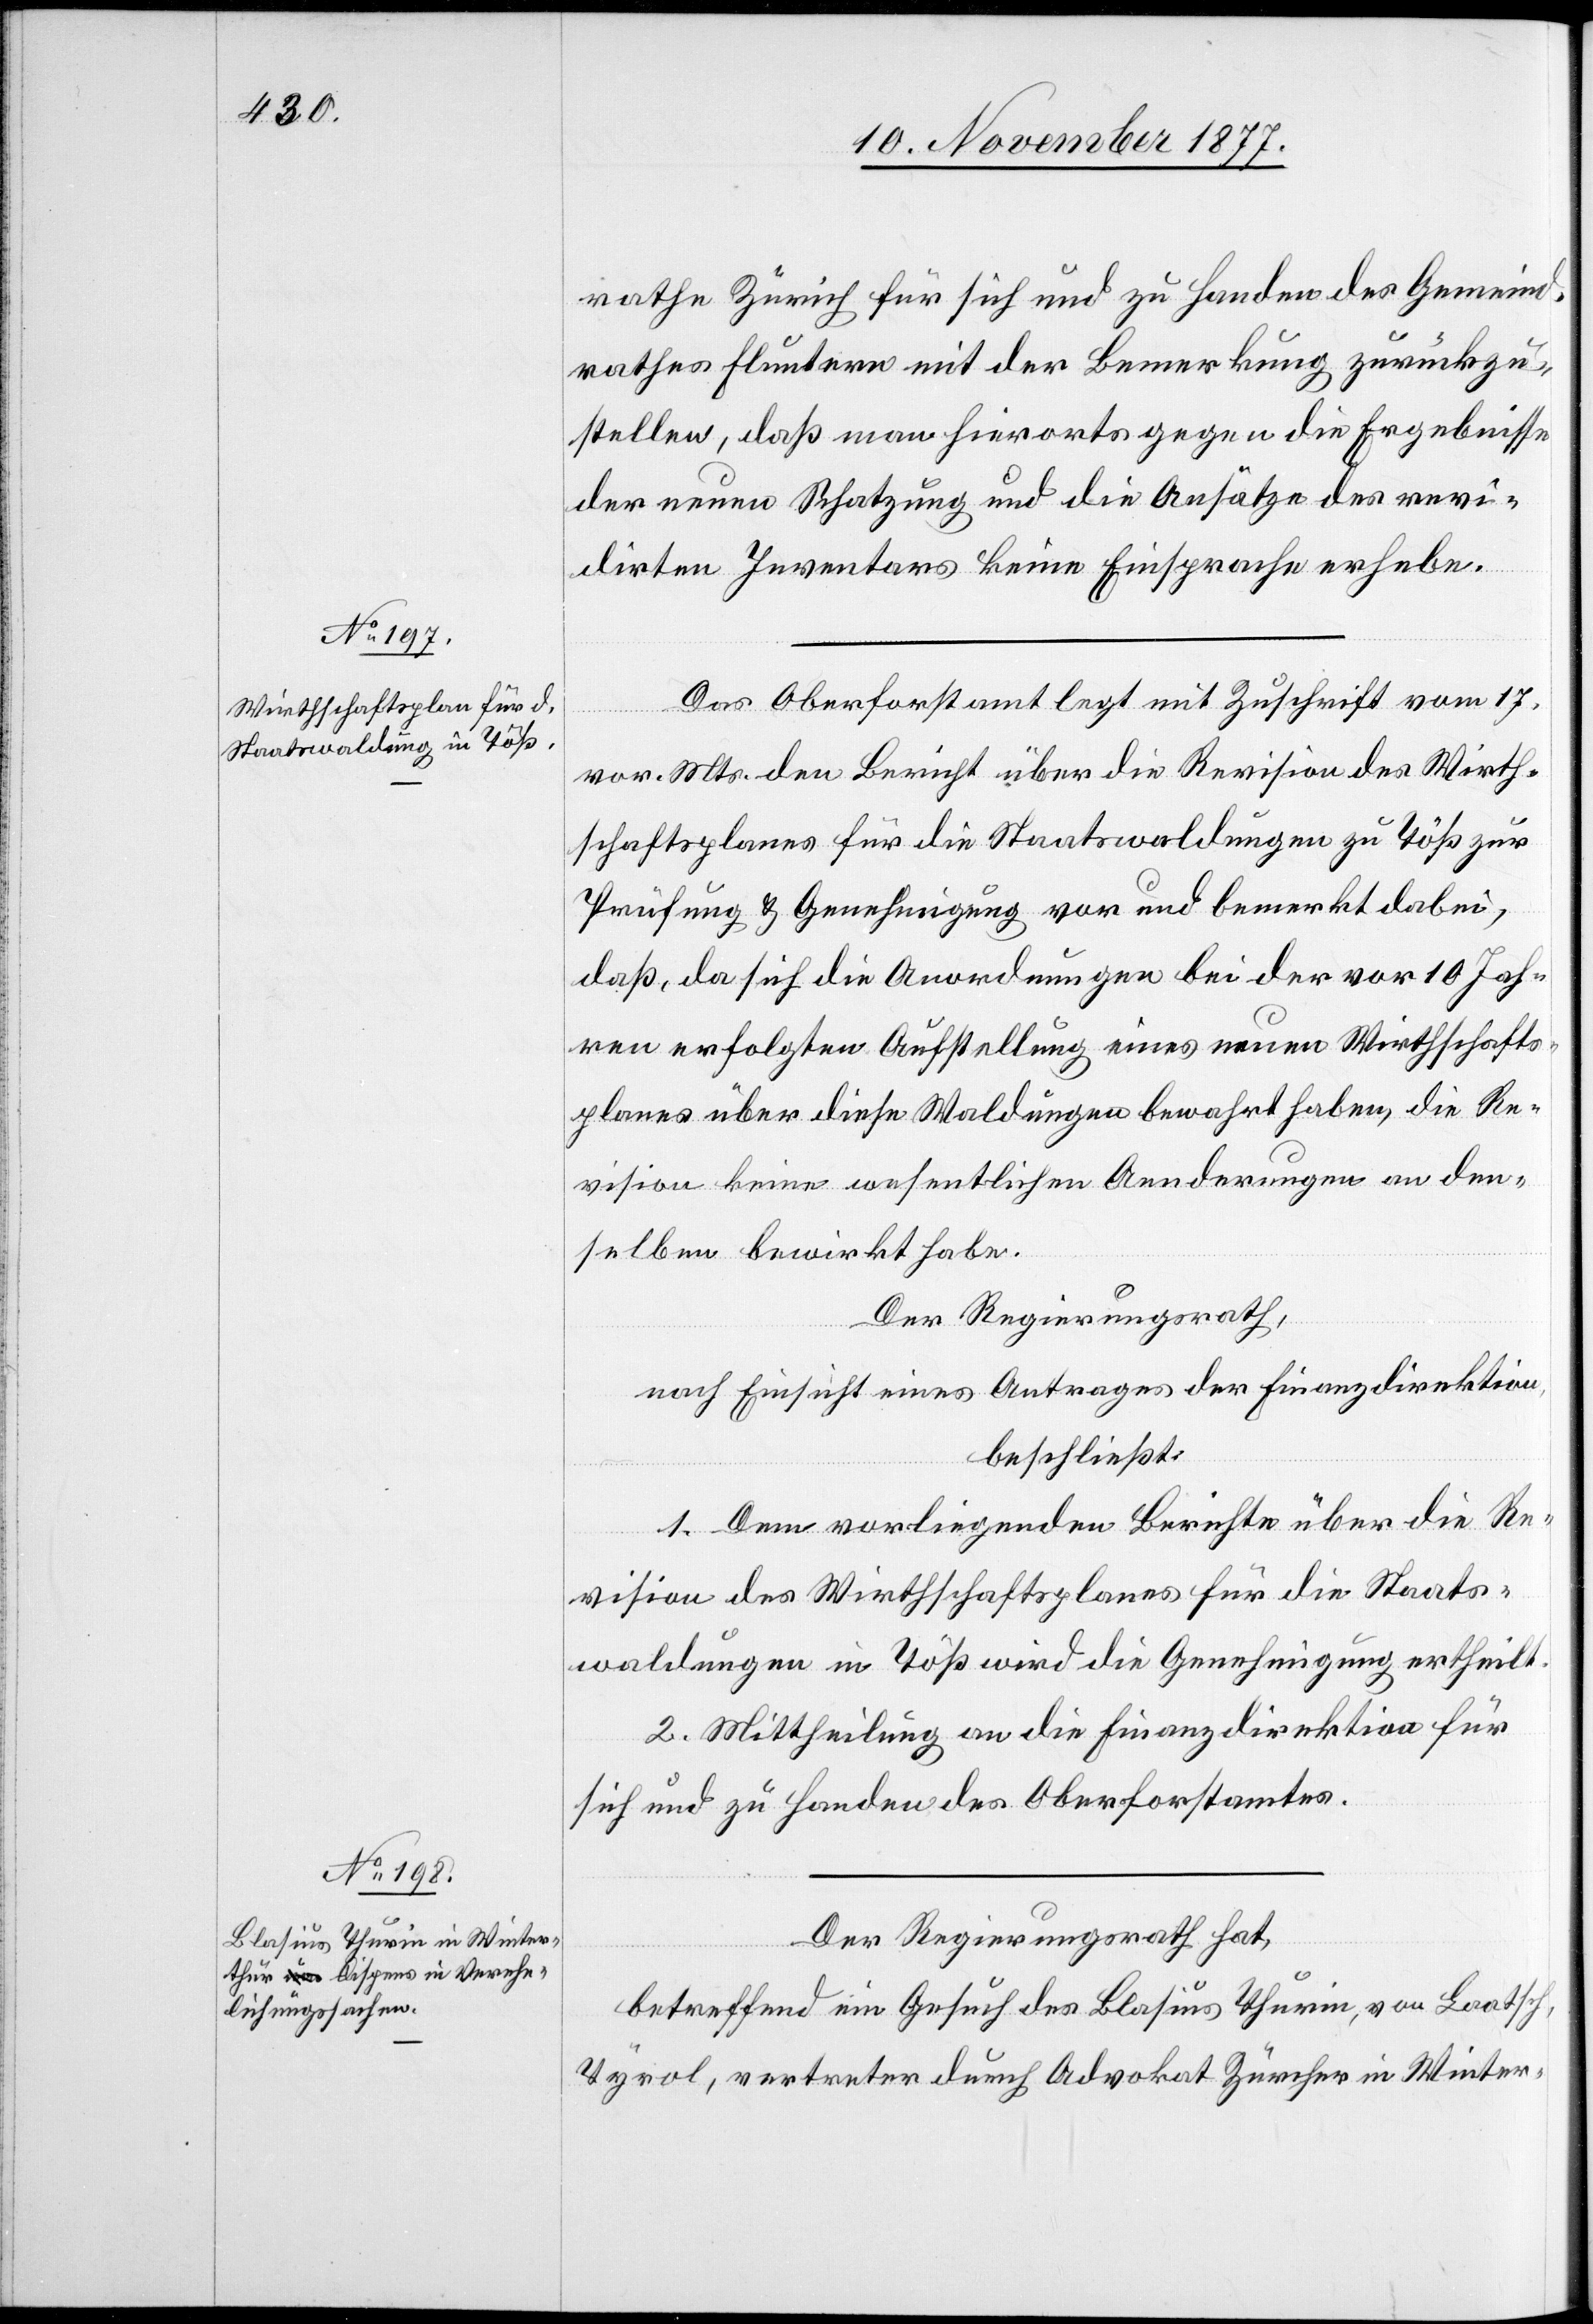
rathe Zürich für sich und zu Handen des Gemeind¬
rathes Fluntern mit der Bemerkung zurückzu¬
stellen, daß man hierorts gegen die Ergebnisse
der neuen Schatzung und die Ansätze des revi¬
dirten Inventars keine Einsprache erhebe.
Das Oberforstamt legt mit Zuschrift vom 17.
vor. Mts. den Bericht über die Revision des Wirth¬
schaftsplanes für die Staatswaldungen zu Töß zur
Prüfung & Genehmigung vor und bemerkt dabei,
daß, da sich die Anordnungen bei der vor 10 Jah¬
ren erfolgten Aufstellung eines neuen Wirthschafts¬
planes über diese Waldungen bewahrt haben, die Re¬
vision keine wesentlichen Aenderungen an den¬
selben bewirkt habe.
Der Regierungsrath,
nach Einsicht eines Antrages der Finanzdirektion,
beschließt:
1. Dem vorliegenden Berichte über die Re¬
vision des Wirthschaftsplanes für die Staats¬
waldungen in Töß wird die Genehmigung ertheilt.
2. Mittheilung an die Finanzdirektion für
sich und zu Handen des Oberforstamtes.
Der Regierungsrath hat,
betreffend ein Gesuch des Blasius Thurin, von Laatsch,
Tyrol, vertreten durch Advokat Zürcher in Winter-